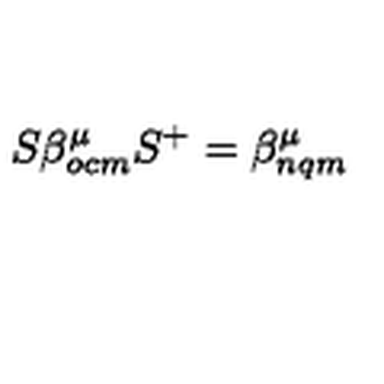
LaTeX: S \beta _ { o c m } ^ { \mu } S ^ { + } = \beta _ { n q m } ^ { \mu }